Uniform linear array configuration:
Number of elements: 4
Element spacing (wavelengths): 0.5
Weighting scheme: cosine
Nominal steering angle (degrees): -45
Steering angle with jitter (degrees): -44.923
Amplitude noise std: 0.05
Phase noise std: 0.05

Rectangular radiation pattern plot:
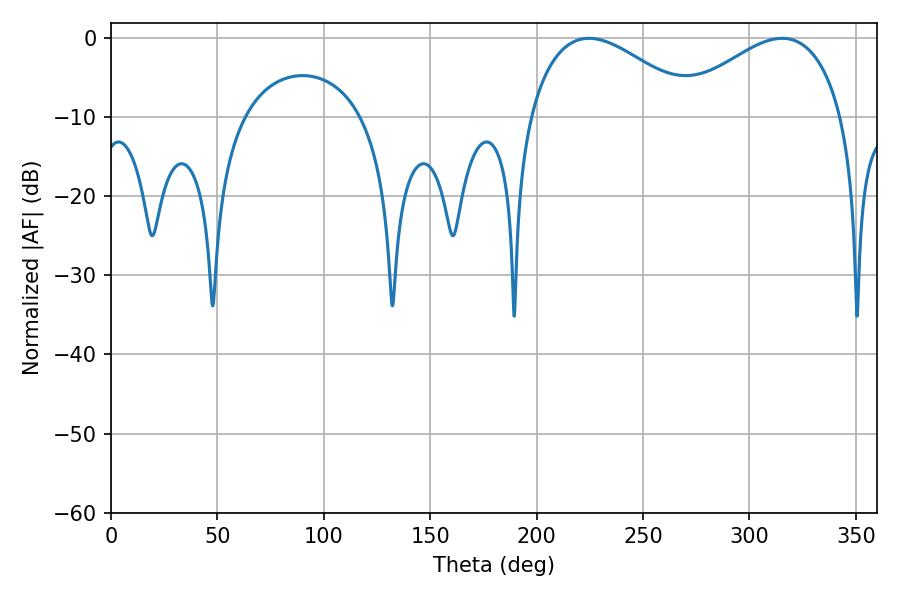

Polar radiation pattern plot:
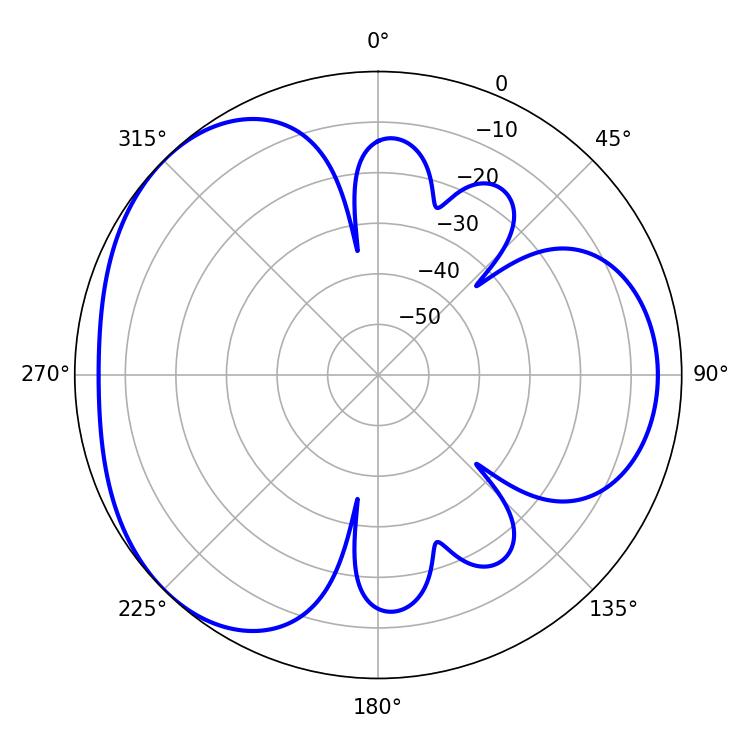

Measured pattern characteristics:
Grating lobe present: FALSE
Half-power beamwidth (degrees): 43.2
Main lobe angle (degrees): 224.64